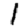
Digit: 1